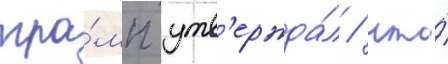
тра́мп утв'ержда́л / что́